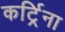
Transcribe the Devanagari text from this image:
कर्ट्रिना